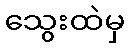
သွေးထဲမှ